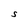
Character: S